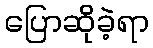
ပြောဆိုခဲ့ရာ